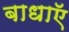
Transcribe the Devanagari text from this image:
बाधाऍ